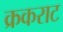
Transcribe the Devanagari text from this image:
क्रकराट